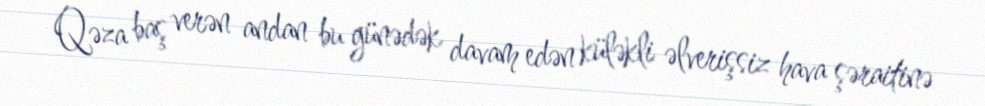
Qəza baş verən andan bu günədək davam edən küləkli əlverişsiz hava şəraitinə